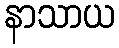
နာသာယ